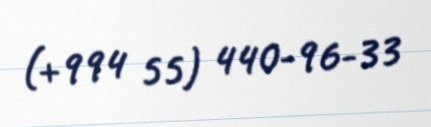
(+994 55) 440-96-33